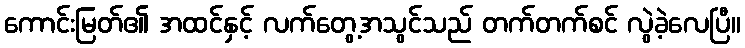
ကောင်းမြတ်၏ အထင်နှင့် လက်တွေ့အသွင်သည် တက်တက်စင် လွဲခဲ့လေပြီ။